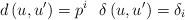
LaTeX: \begin{align*}d\left(u,u'\right)=p^{i}\ \ \delta\left(u,u'\right)=\delta_{i}\end{align*}